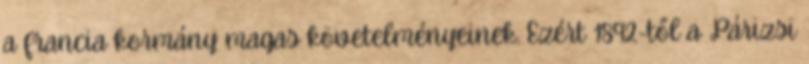
a francia kormány magas követelményeinek. Ezért 1892-től a Párizsi